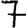
Digit: 7